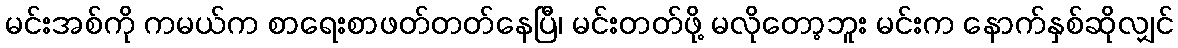
မင်းအစ်ကို ကမယ်က စာရေးစာဖတ်တတ်နေပြီ၊ မင်းတတ်ဖို့ မလိုတော့ဘူး မင်းက နောက်နှစ်ဆိုလျှင်